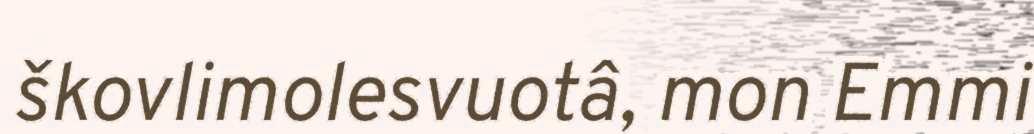
škovlimolesvuotâ, mon Emmi